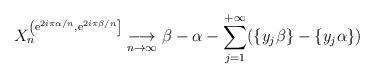
LaTeX: \begin{align*}X_n^{\left( \mathrm{e}^{2i\pi \alpha/n} , \mathrm{e}^{2i\pi\beta/n} \right]} \overset{}{\underset{n\to\infty}{\longrightarrow}} \beta - \alpha - \sum_{j=1}^{+\infty} (\lbrace y_j \beta \rbrace - \lbrace y_j \alpha \rbrace )\end{align*}